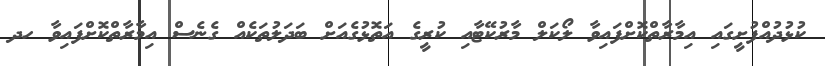
ކުޅުދުއްފުށީގައި އިމާރާތްކޮށްފައިވާ ލޯކަލް މާރުކޭޓާއި ކުރީގެ އަތޮޅުގެއަށް ބަދަލުތަކެއް ގެނެސް އިމާރާތްކޮށްފައިވާ ހދ